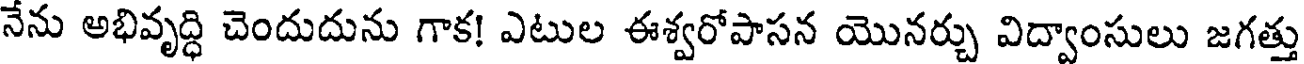
నేను అభివృద్ధి చెందుదును గాక! ఎటుల ఈశ్వరోపాసన యొనర్చు విద్వాంసులు జగత్తు